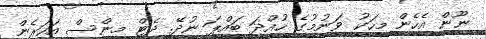
ނޫން އެހެން މީހަކު ވަނުމުގެ ހުއްދަ ބައްޕަ ނުދޭ. ދެޓް މީންސް އަހަރެން